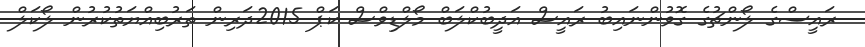
ރައީސްގެ ލޯންޗުގެ ގޮވުންނައިބު ރައީސް އަދީބުކްލަބް މޯލްޑިވްސް ކަޕް 2015ދަރިން ތަރުބިއްޔަތުކުރުން ލޯކަލް